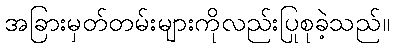
အခြားမှတ်တမ်းများကိုလည်းပြုစုခဲ့သည်။